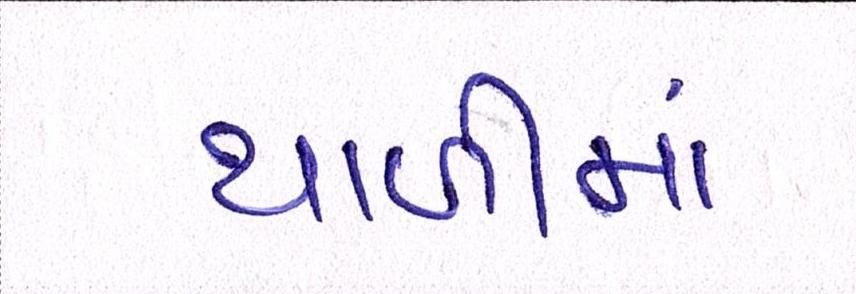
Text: થાળીમાં